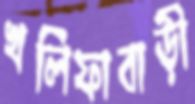
খলিফাবাড়ী